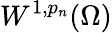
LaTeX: W^{1,p_{n}}(\Omega)